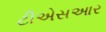
ટીએસઆર